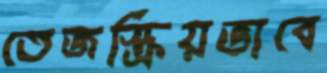
তেজস্ক্রিয়ভাবে